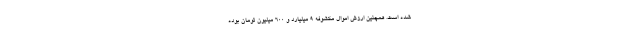
شده است. همچنین ارزش اموال مکشوفه ۹ میلیارد و ۶۰۰ میلیون تومان بوده